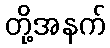
တို့အနက်